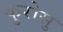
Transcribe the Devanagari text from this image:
कुरोसु